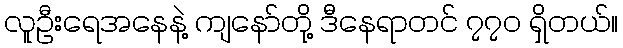
လူဦးရေအနေနဲ့ ကျနော်တို့ ဒီနေရာတင် ၇၇၀ ရှိတယ်။